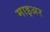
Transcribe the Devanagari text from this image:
माइअर